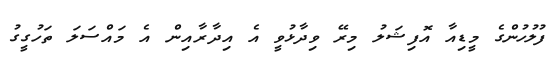
ފުލުހުންގެ މީޑިއާ އޮފިޝަލު މިރޭ ވިދާޅުވީ އެ އިދާރާއިން އެ މައްސަލަ ތަހުގީގު